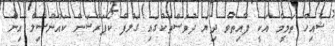
ޝެއިހް ތަމީމް އަކީ ފާއިތުވެ ދިޔަ ދުވަސްތަކުގައި ގަލްފް ކޯޕަރޭޝަން ކައުންސިލް އިން